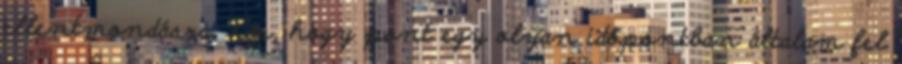
ellentmondásra. Kár, hogy pont egy olyan időpontban általam fel